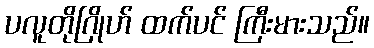
ပလူတိုဂြိုဟ် ထက်ပင် ကြီးမားသည်။